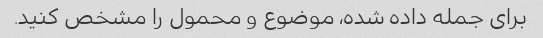
برای جمله داده شده، موضوع و محمول را مشخص کنید.